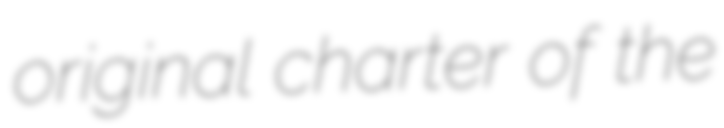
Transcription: original charter of the